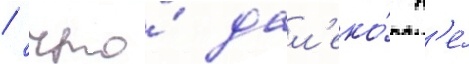
/ что́ дал'еко́ н'е́